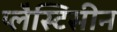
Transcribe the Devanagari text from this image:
प्लैस्टिसीन